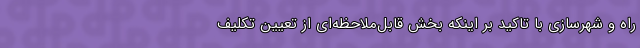
راه و شهرسازی با تاکید بر اینکه بخش قابل‌ملاحظه‌ای از تعیین تکلیف